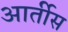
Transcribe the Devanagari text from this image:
आर्तीस